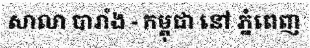
សាលា បារាំង - កម្ពុជា នៅ ភ្នំពេញ